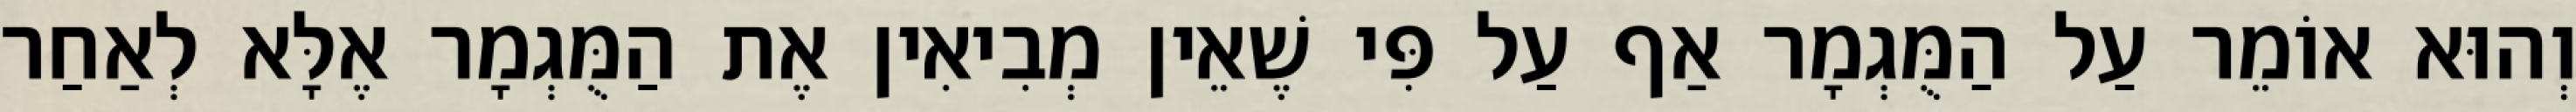
וְהוּא אוֹמֵר עַל הַמֻּגְמָר אַף עַל פִּי שֶׁאֵין מְבִיאִין אֶת הַמֻּגְמָר אֶלָּא לְאַחַר